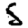
Digit: 5